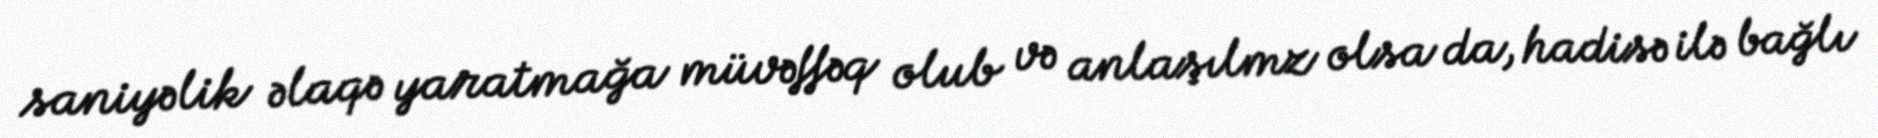
saniyəlik əlaqə yaratmağa müvəffəq olub və anlaşılmz olsa da, hadisə ilə bağlı